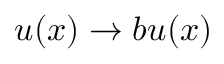
u ( x ) \to b u ( x )